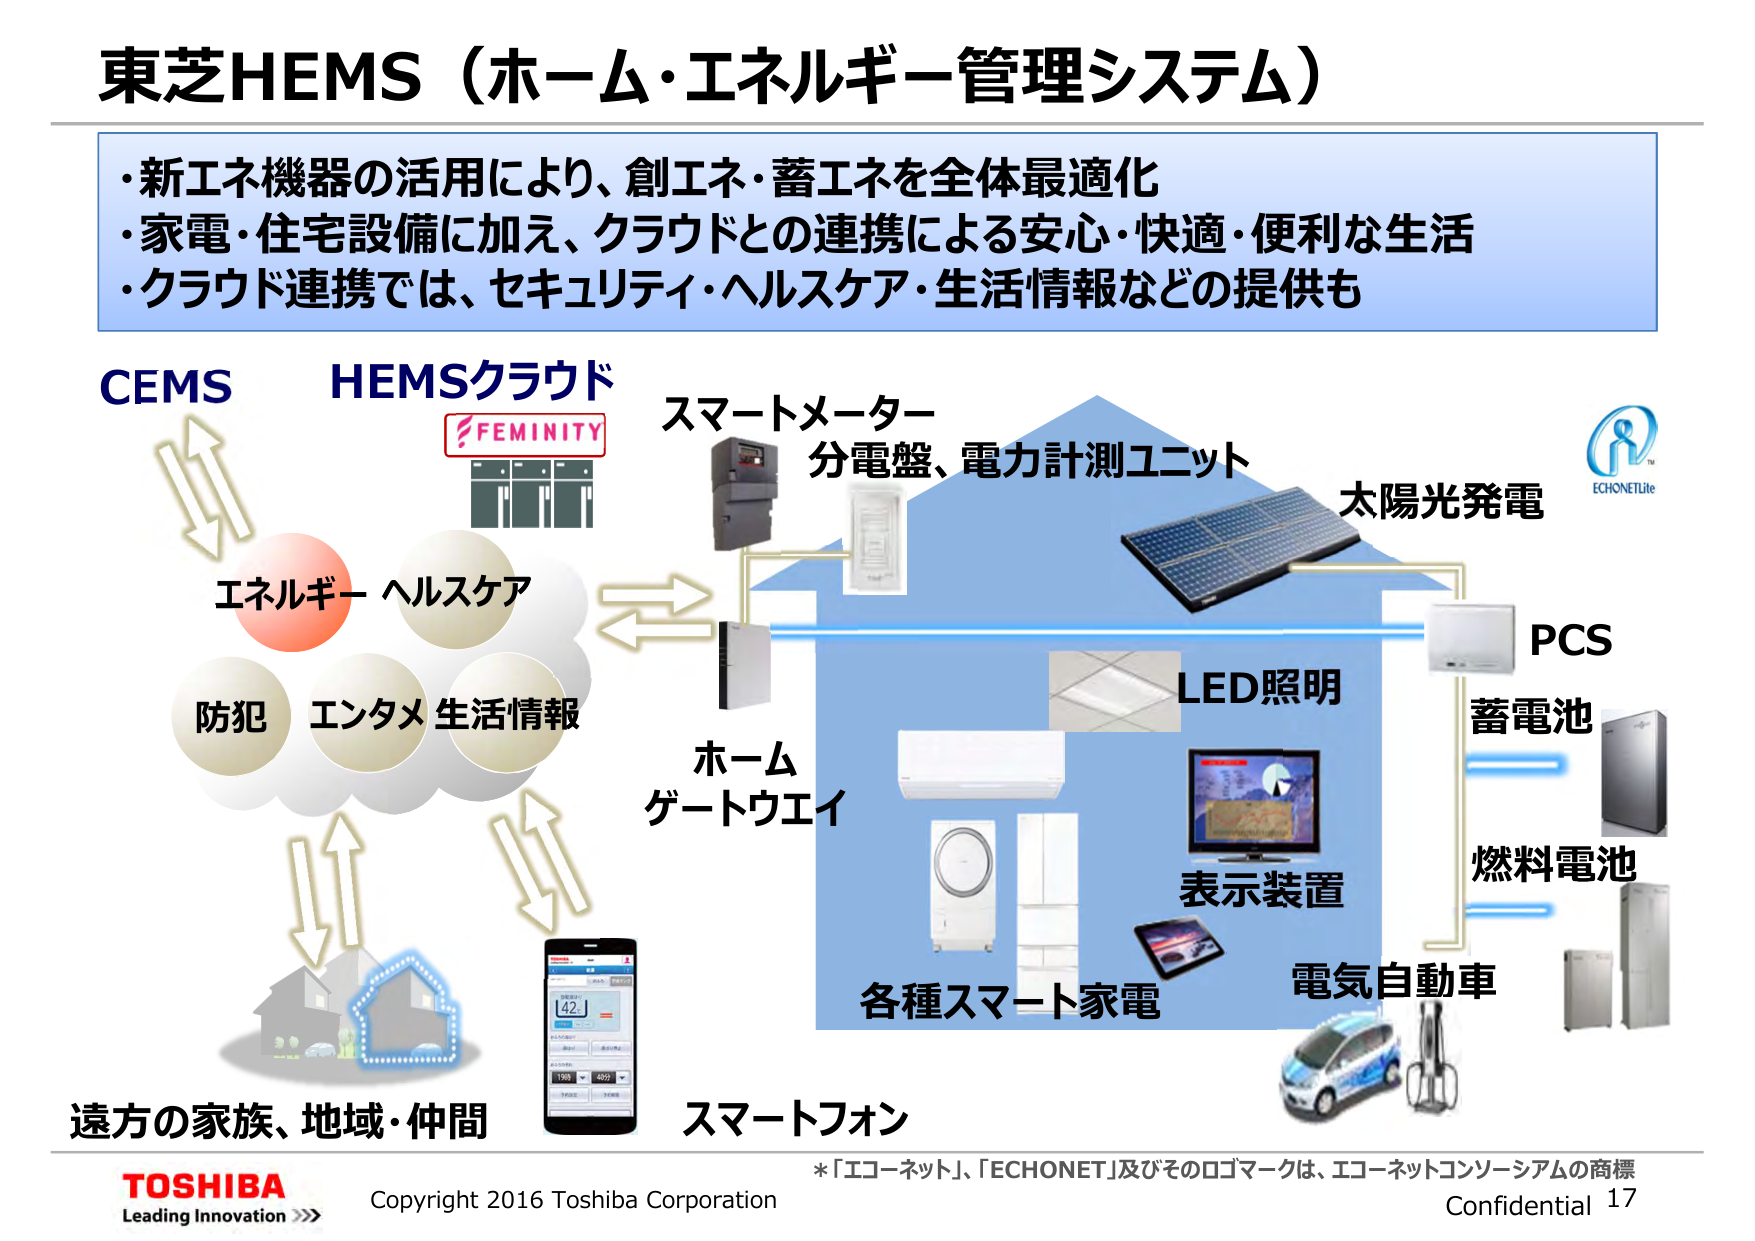
東芝HEMS（ホーム・エネルギー管理システム）

・新エネ機器の活用により、創エネ・蓄エネを全体最適化
・家電・住宅設備に加え、クラウドとの連携による安心・快適・便利な生活
・クラウド連携では、セキュリティ・ヘルスケア・生活情報などの提供も

CEMS
HEMSクラウド
FEMINITY
スマートメーター
分電盤、電力計測ユニット
太陽光発電
ECHONETlite
エネルギー
ヘルスケア
防犯
エンタメ
生活情報
ホーム
ゲートウェイ
LED照明
PCS
蓄電池
燃料電池
表示装置
各種スマート家電
電気自動車
遠方の家族、地域・仲間
スマートフォン

TOSHIBA
Leading Innovation >>>
Copyright 2016 Toshiba Corporation
*「エコーネット」、「ECHONET」及びそのロゴマークは、エコーネットコンソーシアムの商標
Confidential 17